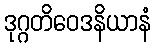
ဒုဂ္ဂတိဝေဒနိယာနံ